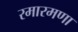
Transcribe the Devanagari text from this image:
रमारमणा